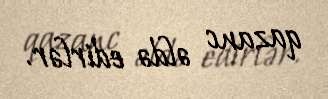
qazanc əldə edirlər.